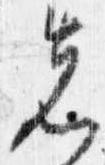
先